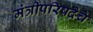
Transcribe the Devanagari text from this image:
मंत्रीपरिषदेचे